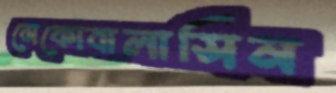
মেকোবালাসিন